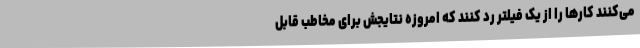
می‌کنند کارها را از یک فیلتر رد کنند که امروزه نتایجش برای مخاطب قابل